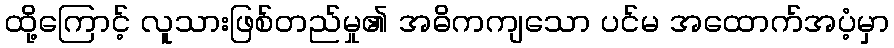
ထို့ကြောင့် လူသားဖြစ်တည်မှု၏ အဓိကကျသော ပင်မ အထောက်အပံ့မှာ